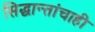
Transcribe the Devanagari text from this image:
सिद्धान्तांचाही